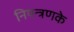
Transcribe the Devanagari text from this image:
नियन्त्रणके